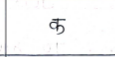
मजकूर: क